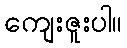
ကျေးဇူးပါ။